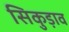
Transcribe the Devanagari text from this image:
सिकुड़ाव